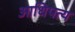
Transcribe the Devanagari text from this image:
आधिपत्य